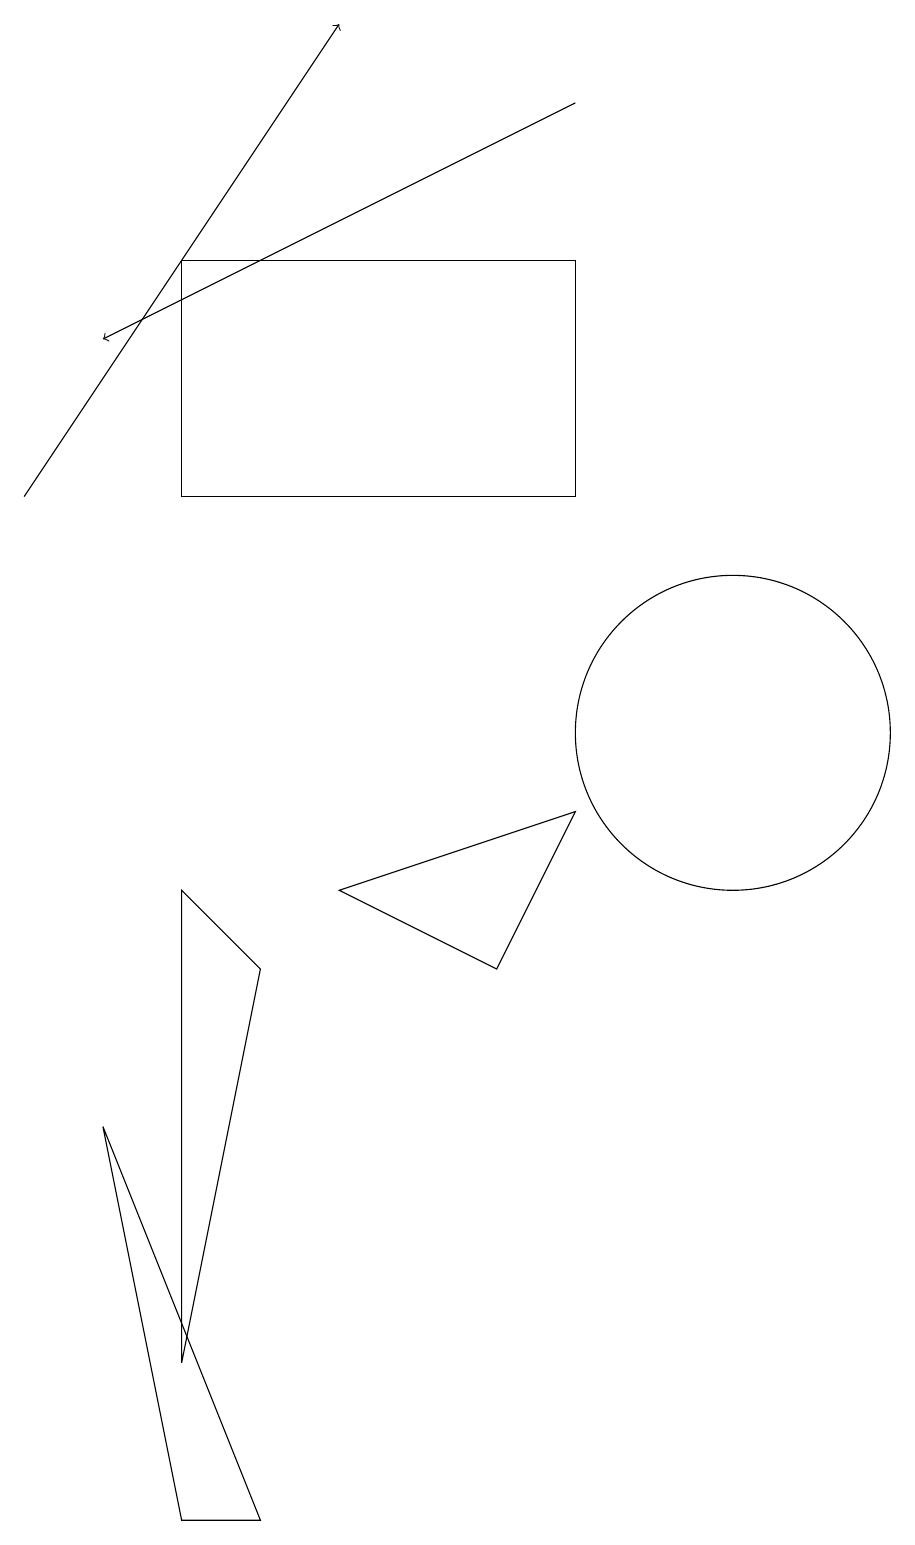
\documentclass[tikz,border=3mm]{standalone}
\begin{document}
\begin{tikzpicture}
\draw (4,7) -- (3,2) -- (3,8) -- cycle;
\draw[->] (8,18) -- (2,15);
\draw (10,10) circle (2);
\draw (8,9) -- (5,8) -- (7,7) -- cycle;
\draw[->] (1,13) -- (5,19);
\draw (2,5) -- (3,0) -- (4,0) -- cycle;
\draw (12,10) circle (0);
\draw (3,16) rectangle (8,13);
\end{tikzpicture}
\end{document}